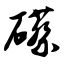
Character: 礤